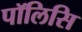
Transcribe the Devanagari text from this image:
पॉलिसि